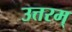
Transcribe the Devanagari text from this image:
उत्तरम्